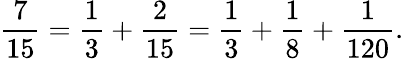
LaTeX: {\frac{7}{15}}={\frac{1}{3}}+{\frac{2}{15}}={\frac{1}{3}}+{\frac{1}{8}}+{\frac{1}{120}}.